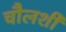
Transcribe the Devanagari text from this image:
चौलशी